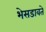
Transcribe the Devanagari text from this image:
भेसडावते